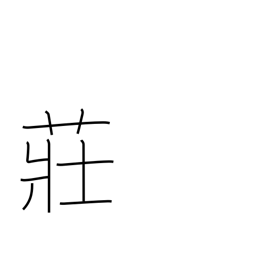
Meaning: broom